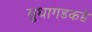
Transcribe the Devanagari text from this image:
सुधागडकडे